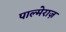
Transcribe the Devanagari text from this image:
पाल्मेराज़